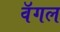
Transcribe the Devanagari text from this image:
वॅगल